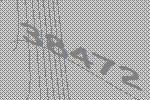
38472